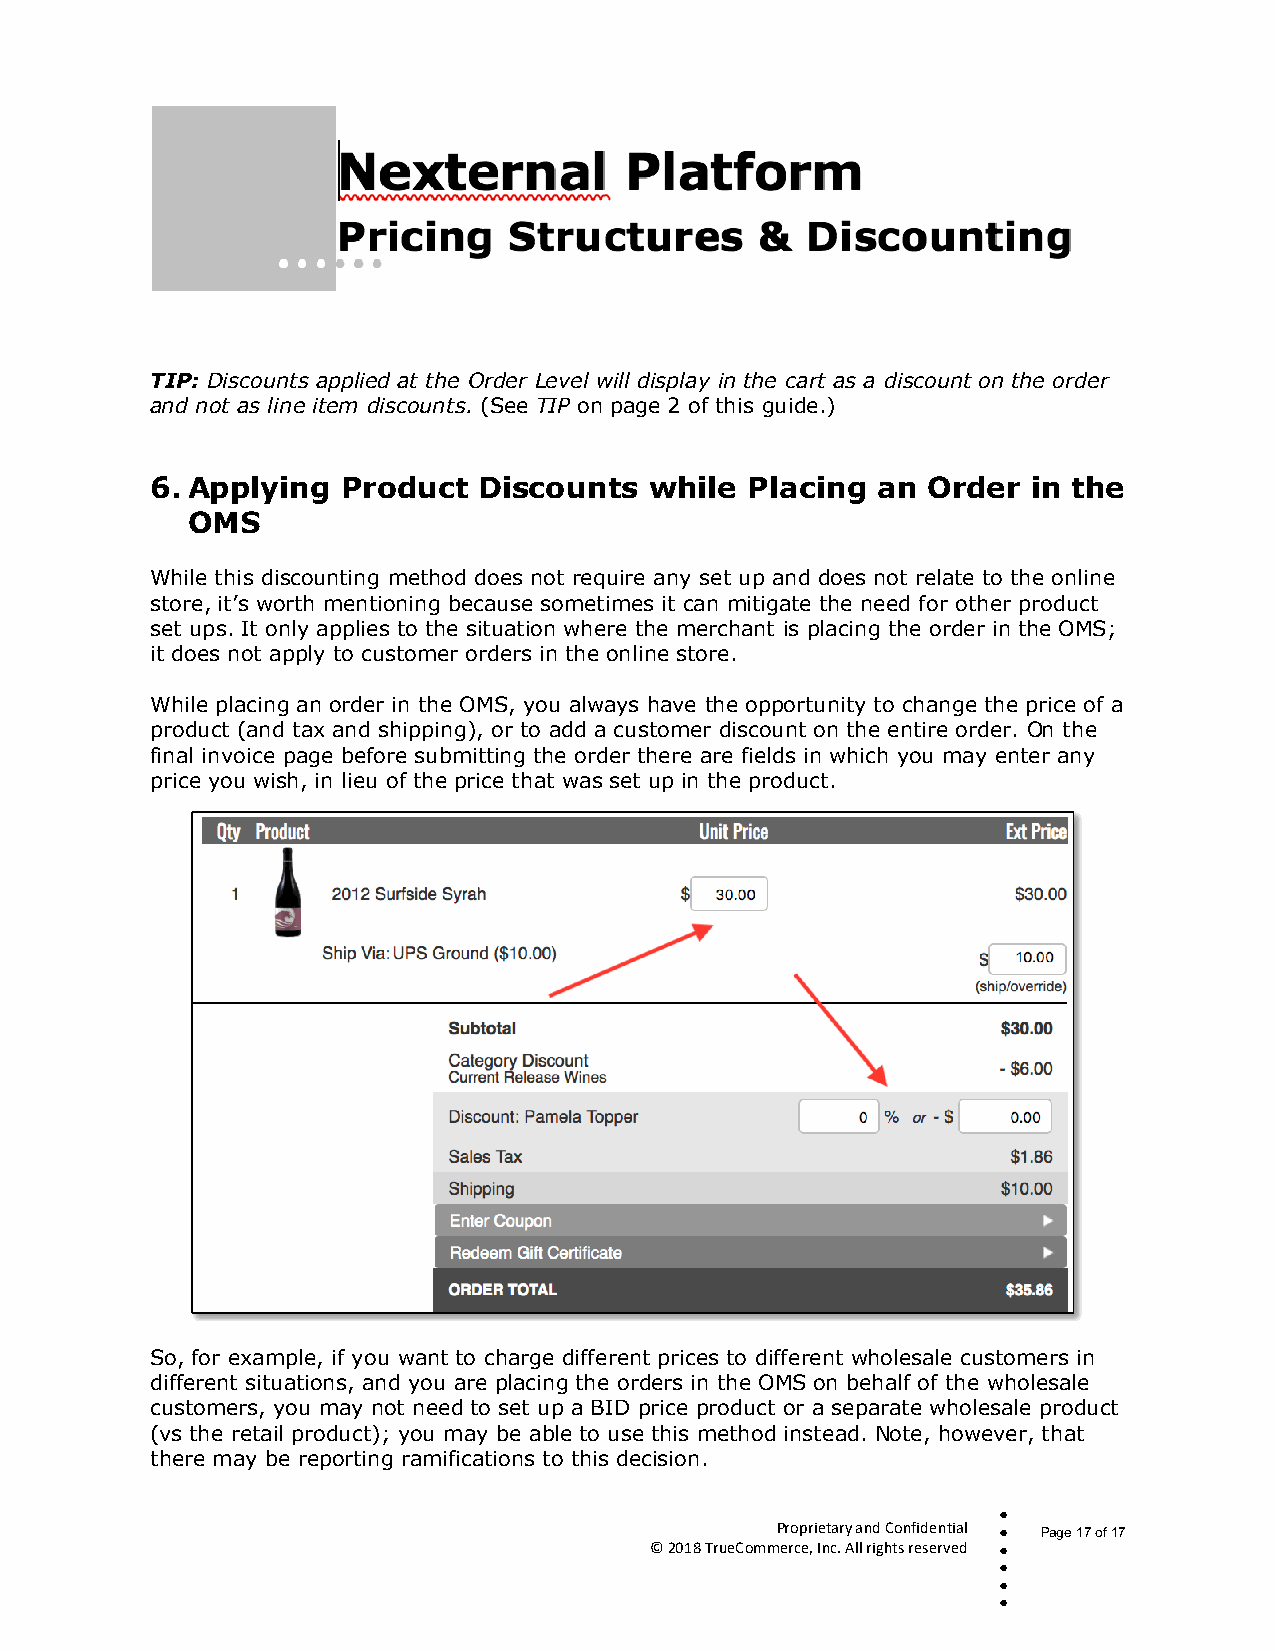
TIP: Discounts applied at the Order Level will display in the cart as a discount on the order
 and not as line item discounts. (See TIP on page 2 of this guide.)
 6. Applying  Product  Discounts  while  Placing an Order  in the
 OMS
 While this discounting method does not require any set up and does not relate to the online
 store, it’s worth mentioning because sometimes it can mitigate the need for other product
 set ups. It only applies to the situation where the merchant is placing the order in the OMS;
 it does not apply to customer orders in the online store.
 While placing an order in the OMS, you always have the opportunity to change the price of a
 product (and tax and shipping), or to add a customer discount on the entire order. On the
 final invoice page before submitting the order there are fields in which you may enter any
 price you wish, in lieu of the price that was set up in the product.
 So, for example, if you want to charge different prices to different wholesale customers in
 different situations, and you are placing the orders in the OMS on behalf of the wholesale
 customers, you may not need to set up a BID price product or a separate wholesale product
 (vs the retail product); you may be able to use this method instead. Note, however, that
 there may be reporting ramifications to this decision.
 
 Proprietary and Confidential  Page 17 of 17
 © 2018 TrueCommerce, Inc. All rights reserved 
 
 
 